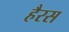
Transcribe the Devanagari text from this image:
हैरस